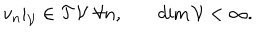
LaTeX: \begin{matrix} { { v _ { n } | _ { \cal V } \in { \cal T } { \cal V } \, \, \forall n , } } & { { \quad \mathrm { d i m } \, { \cal V } < \infty . } } \\ \end{matrix}